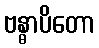
ဗန္ဓာပိတော